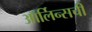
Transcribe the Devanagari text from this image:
ऑर्लिन्सची